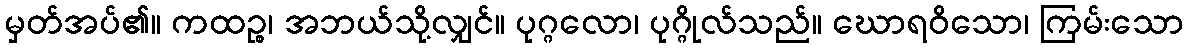
မှတ်အပ်၏။ ကထဉ္စ၊ အဘယ်သို့လျှင်။ ပုဂ္ဂလော၊ ပုဂ္ဂိုလ်သည်။ ဃောရဝိသော၊ ကြမ်းသော